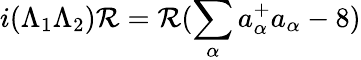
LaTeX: i(\Lambda_{1}\Lambda_{2})\mathcal{R}=\mathcal{R}(\sum_{\alpha}a_{\alpha}^{+}a_{\alpha}-8)